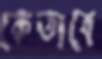
কেতাবে